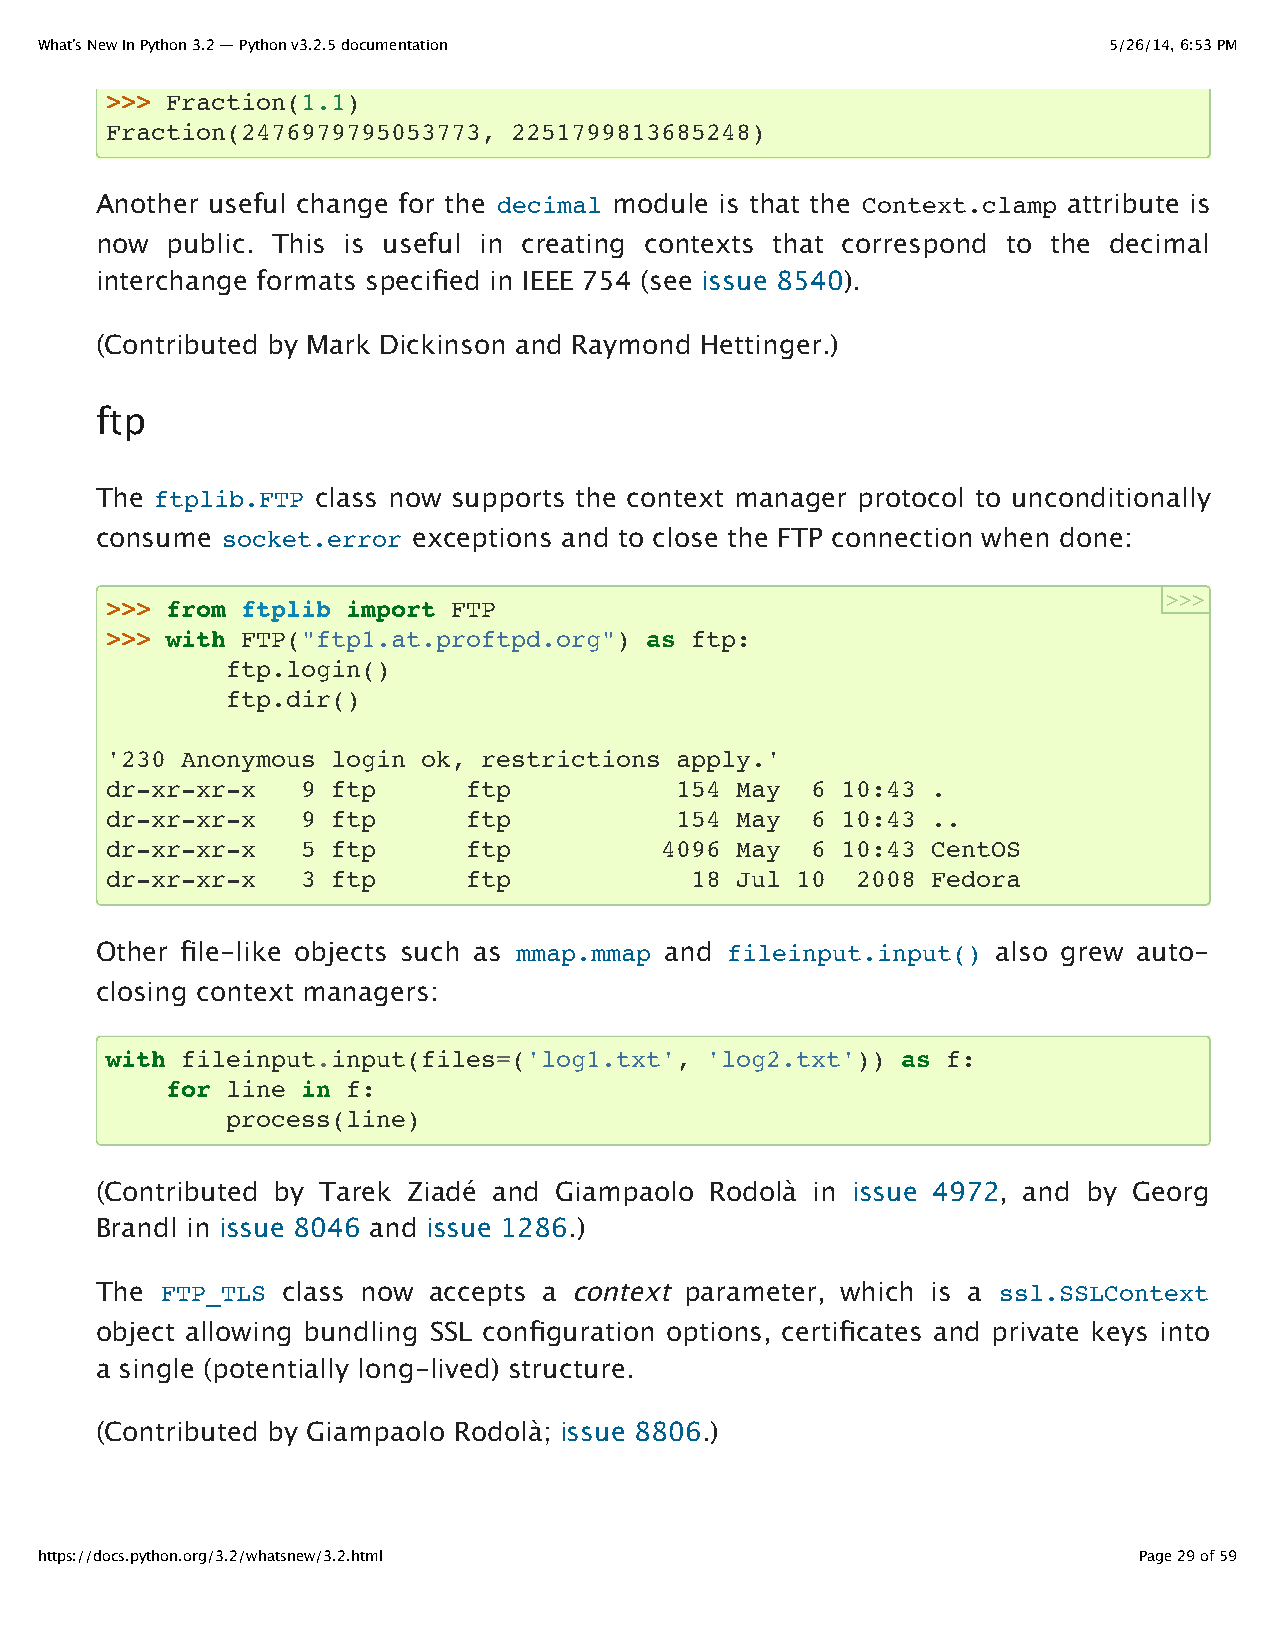
What’s New In Python 3.2 — Python v3.2.5 documentation                 5/26/14, 6:53 PM
 >>> Fraction(1.1)
 Fraction(2476979795053773, 2251799813685248)
 Another useful change for the decimal module is that the Context.clamp attribute is
 now  public. This is useful in creating contexts that correspond to the decimal
 interchange formats specified in IEEE 754 (see issue 8540).
 (Contributed by Mark Dickinson and Raymond Hettinger.)
 ftp
 The ftplib.FTP class now supports the context manager protocol to unconditionally
 consume  socket.error exceptions and to close the FTP connection when done:
 >>>
 >>> from ftplib import FTP
 >>> with FTP("ftp1.at.proftpd.org") as ftp:
 ftp.login()
 ftp.dir()
 '230 Anonymous login ok, restrictions apply.'
 dr-xr-xr-x   9 ftp      ftp           154 May  6 10:43 .
 dr-xr-xr-x   9 ftp      ftp           154 May  6 10:43 ..
 dr-xr-xr-x   5 ftp      ftp          4096 May  6 10:43 CentOS
 dr-xr-xr-x   3 ftp      ftp            18 Jul 10  2008 Fedora
 Other file-like objects such as mmap.mmap and fileinput.input() also grew auto-
 closing context managers:
 with fileinput.input(files=('log1.txt', 'log2.txt')) as f:
 for line in f:
 process(line)
 (Contributed by Tarek Ziadé and Giampaolo Rodolà in issue 4972, and by Georg
 Brandl in issue 8046 and issue 1286.)
 The  FTP_TLS class now accepts a context parameter, which is a ssl.SSLContext
 object allowing bundling SSL configuration options, certificates and private keys into
 a single (potentially long-lived) structure.
 (Contributed by Giampaolo Rodolà; issue 8806.)
 https://docs.python.org/3.2/whatsnew/3.2.html                            Page 29 of 59